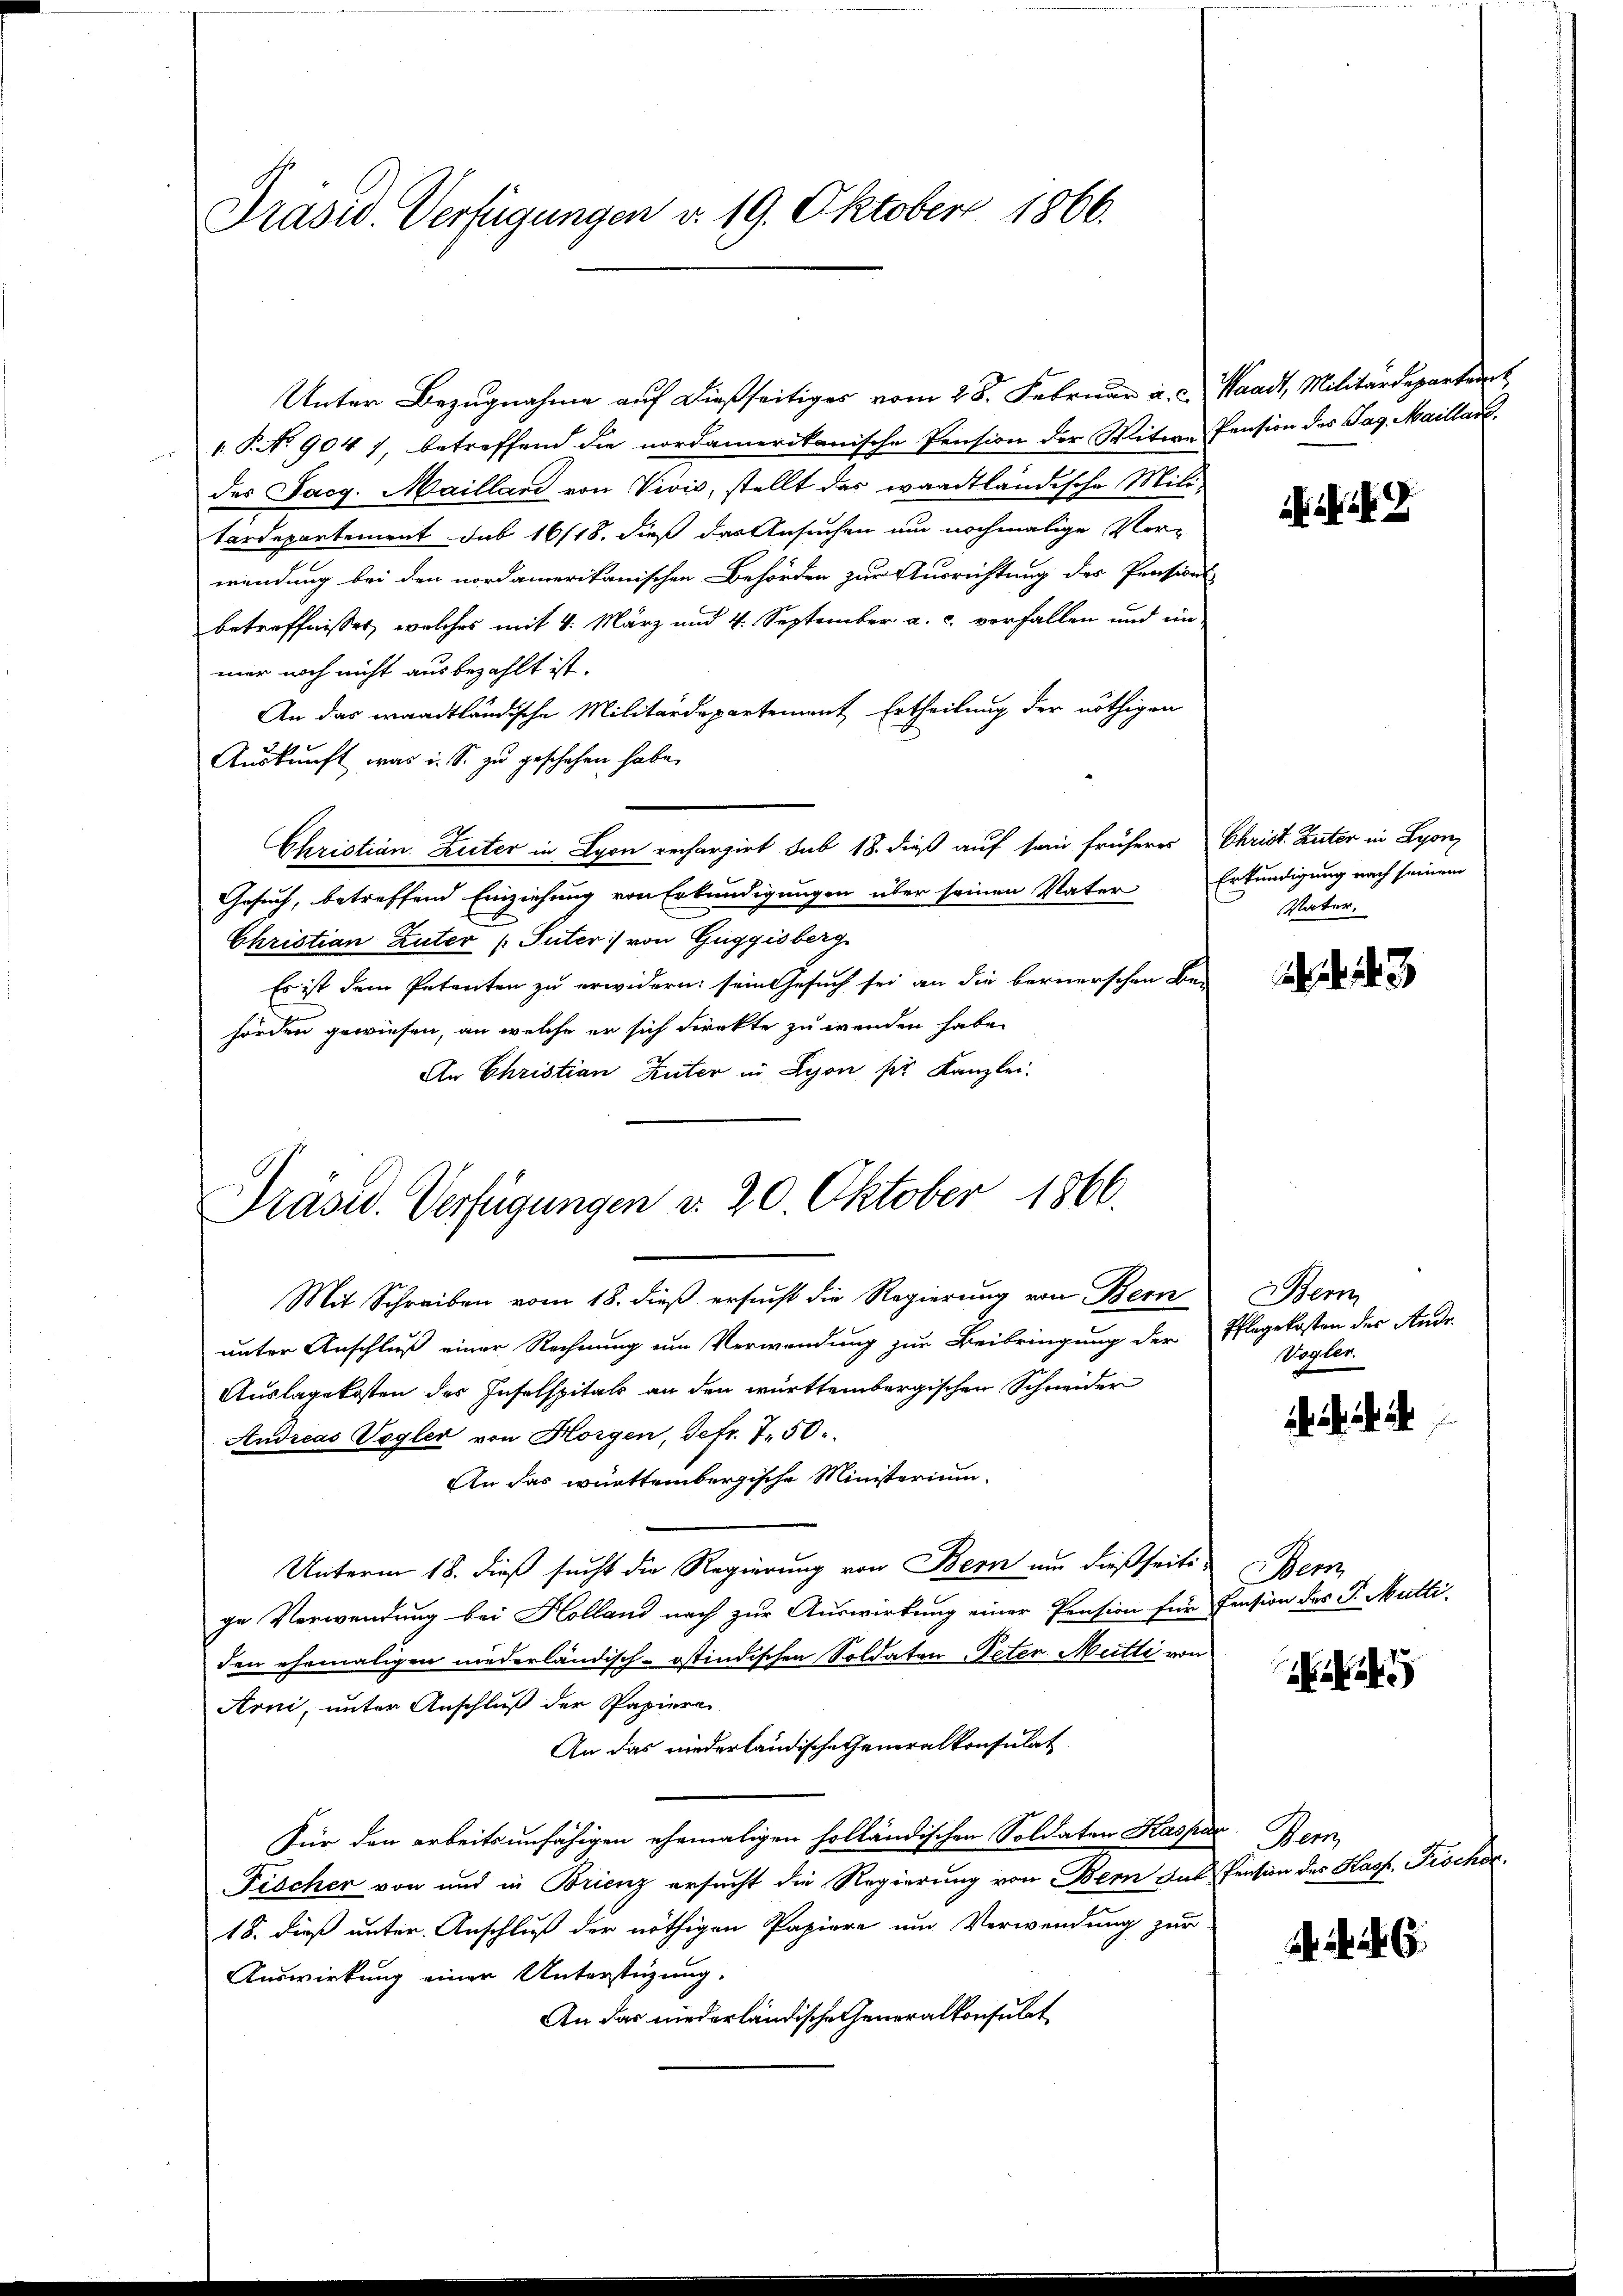
Präsid. Verfügungen d. 19. Oktober 1866.

Unter Bezugnahme auf dießseitiges vom 28. Februar a. c. Waadt, Militärdepartent
1. P. No 904 7, betreffend die nordamerikanische Pension der Witwe Pension des Tag. Maillar
des Jacg. Maillan von Vivis, stellt das waadtländische Mili-
tardepartement das 16/18. dieß das Ansuchen um nochmalige Vor-
wendung bei den nordamerikanischen Behörden zur Ausrichtung des Pensions-
betreffnisses, welches mit 4. März und 4. September a. c. verfallen und in
mer noch nicht ausbezahlt ist.
An das waadtländische Militärdepartement Ertheilung der nöthigen
Auskunft, was i. S. zu geschehen habe.
Christian Luter in Lyon rechargirt sub 18. dieß auf sein früheres Christ. Zuter in Lyon,
Gesuch, betreffend Einziehung von Erkundigungen über seinen Vater Erkundigung nach seinem
Christian Zuter (Suter) von Guggisberg
Es ist dem Petenten zu erwidern: sein Gesuch sei an die bernerschen Be-
hörden gewiesen, an welche er sich direkte zu werden habe.
An Christian Hüter in Lyon für Kanzlei-

Präsid. Verfügungen d. 20. Oktober 1866.

Mit Schreiben vom 18. dieß ersucht die Regierung von Bern
unter Anschluß einer Rechnung um Verwendung zur Beibringung der Pflegekosten des Andr
Auslagekosten des Inselspitals an den württembergischen Schneider
Andreas Vogler von Horgen, Sefr. 750.
An das württembergische Ministerium
Unterm 18. dieß sucht die Regierung von Bern um dießseite
ge Verwendung bei Holland nach zur Auswirkung einer Pension für Pension des P. Mütti
den ehemaligen niederländisch-Ostindischen Soldaten Peter Mutti von
Arni, unter Anschluß der Papiere
An das niederländische Generalkonsulat
Für den arbeitsunfähigen ehemaligen holländischen Soldaten Kaspar Bern,
Fischer von und in Brienz ersucht die Regierung von Bern aus Pension des Hasf. Fischer
18. dieß unter Anschluß der nöthigen Papiere und Verwendung zur
Auswirkung einer Unterstüzung.
An das niederländische Generalkonsulat

G

Vater.

3

Bern
Vogler

Dem

a